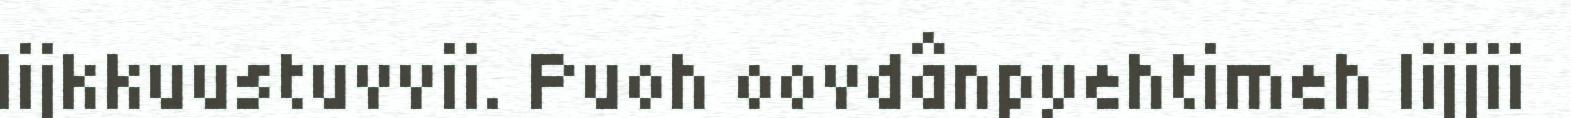
lijkkuustuvvii. Puoh oovdânpyehtimeh lijjii